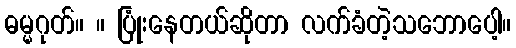
ဓမ္မဂုတ်။ ။ ပြုံးနေတယ်ဆိုတာ လက်ခံတဲ့သဘောပေါ့။